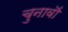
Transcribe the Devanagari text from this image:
चुनावॊं